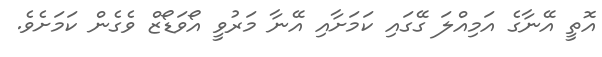
އޮތީ އޭނާގެ އަމިއްލަ ގޭގައި ކަަމަށާއި އޭނާ މަރުވީ އޯވަޑޯޒް ވެގެން ކަމަށެވެ.